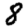
Digit: 8